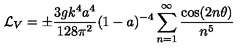
{ \cal L } _ { V } = \pm { \frac { 3 g k ^ { 4 } a ^ { 4 } } { 1 2 8 \pi ^ { 2 } } } ( 1 - a ) ^ { - 4 } \sum _ { n = 1 } ^ { \infty } { \frac { \cos ( 2 n \theta ) } { n ^ { 5 } } }